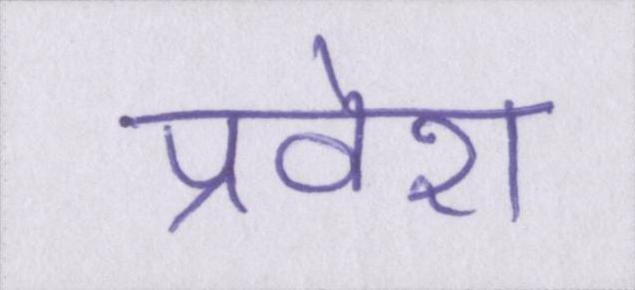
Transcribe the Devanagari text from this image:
प्रवेश